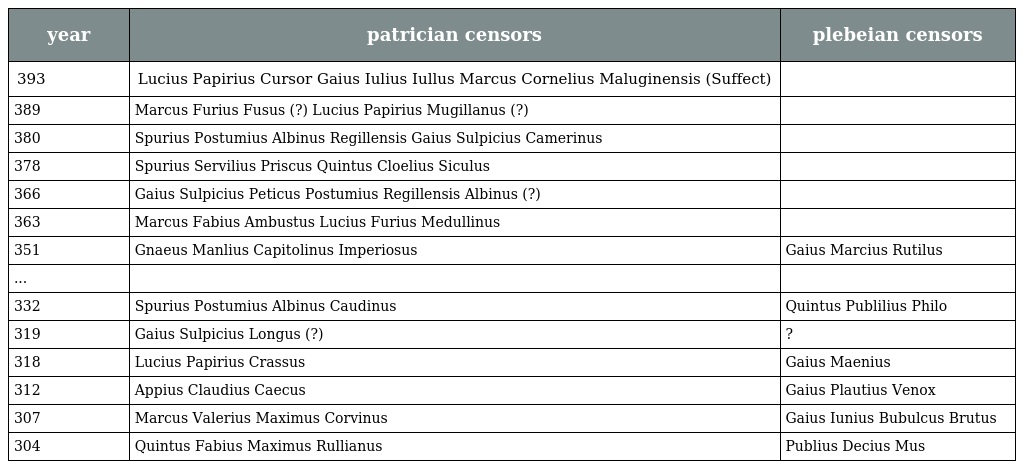
| year | patrician censors | plebeian censors |
 | --- | --- | --- |
 | 393 | Lucius Papirius Cursor Gaius Iulius Iullus Marcus Cornelius Maluginensis (Suffect) |  |
 | 389 | Marcus Furius Fusus (?) Lucius Papirius Mugillanus (?) |  |
 | 380 | Spurius Postumius Albinus Regillensis Gaius Sulpicius Camerinus |  |
 | 378 | Spurius Servilius Priscus Quintus Cloelius Siculus |  |
 | 366 | Gaius Sulpicius Peticus Postumius Regillensis Albinus (?) |  |
 | 363 | Marcus Fabius Ambustus Lucius Furius Medullinus |  |
 | 351 | Gnaeus Manlius Capitolinus Imperiosus | Gaius Marcius Rutilus |
 | ... |  |  |
 | 332 | Spurius Postumius Albinus Caudinus | Quintus Publilius Philo |
 | 319 | Gaius Sulpicius Longus (?) | ? |
 | 318 | Lucius Papirius Crassus | Gaius Maenius |
 | 312 | Appius Claudius Caecus | Gaius Plautius Venox |
 | 307 | Marcus Valerius Maximus Corvinus | Gaius Iunius Bubulcus Brutus |
 | 304 | Quintus Fabius Maximus Rullianus | Publius Decius Mus |